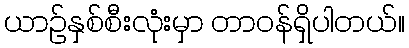
ယာဉ်နှစ်စီးလုံးမှာ တာဝန်ရှိပါတယ်။